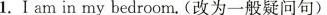
1.I am in my bedroom.(改为一般疑问句)